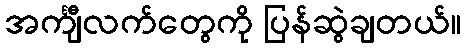
အင်္ကျီလက်တွေကို ပြန်ဆွဲချတယ်။